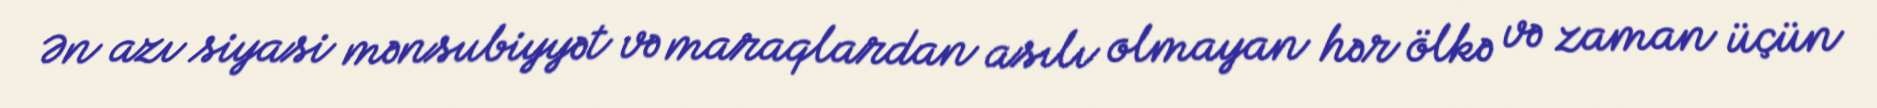
Ən azı siyasi mənsubiyyət və maraqlardan asılı olmayan hər ölkə və zaman üçün